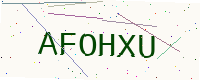
Text: AFOHXU